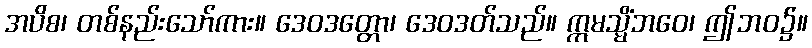
အပိစ၊ တစ်နည်းသော်ကား။ ဒေဝဒတ္တော၊ ဒေဝဒတ်သည်။ ဣမသ္မိံဘဝေ၊ ဤဘဝ၌။